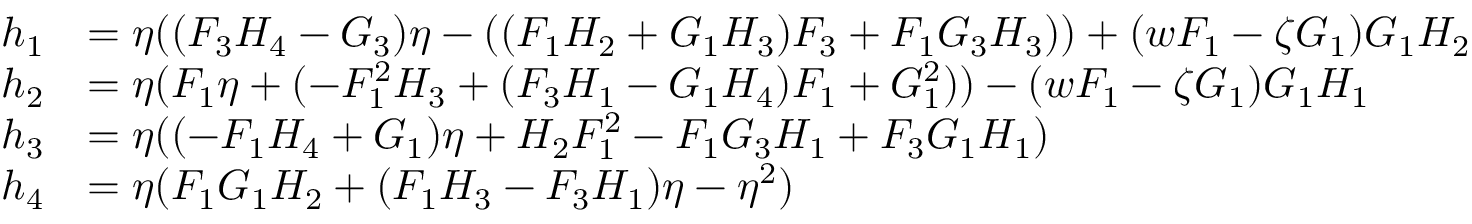
\begin{array} { r l } { h _ { 1 } } & { = \eta ( ( F _ { 3 } H _ { 4 } - G _ { 3 } ) \eta - ( ( F _ { 1 } H _ { 2 } + G _ { 1 } H _ { 3 } ) F _ { 3 } + F _ { 1 } G _ { 3 } H _ { 3 } ) ) + ( w F _ { 1 } - \zeta G _ { 1 } ) G _ { 1 } H _ { 2 } } \\ { h _ { 2 } } & { = \eta ( F _ { 1 } \eta + ( - F _ { 1 } ^ { 2 } H _ { 3 } + ( F _ { 3 } H _ { 1 } - G _ { 1 } H _ { 4 } ) F _ { 1 } + G _ { 1 } ^ { 2 } ) ) - ( w F _ { 1 } - \zeta G _ { 1 } ) G _ { 1 } H _ { 1 } } \\ { h _ { 3 } } & { = \eta ( ( - F _ { 1 } H _ { 4 } + G _ { 1 } ) \eta + H _ { 2 } F _ { 1 } ^ { 2 } - F _ { 1 } G _ { 3 } H _ { 1 } + F _ { 3 } G _ { 1 } H _ { 1 } ) } \\ { h _ { 4 } } & { = \eta ( F _ { 1 } G _ { 1 } H _ { 2 } + ( F _ { 1 } H _ { 3 } - F _ { 3 } H _ { 1 } ) \eta - \eta ^ { 2 } ) } \end{array}